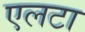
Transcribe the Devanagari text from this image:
एलटा